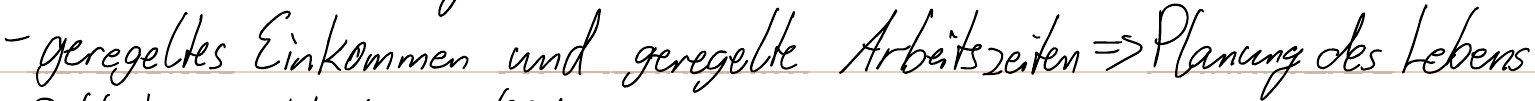
- geregeltes Einkommen und geregelte Arbeitszeiten => Planung des Lebens